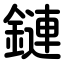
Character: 鏈